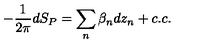
- \frac { 1 } { 2 \pi } d S _ { P } = \sum _ { n } \beta _ { n } d z _ { n } + c . c .